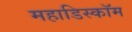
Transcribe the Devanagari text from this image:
महाडिस्कॉम